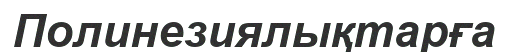
Полинезиялықтарға